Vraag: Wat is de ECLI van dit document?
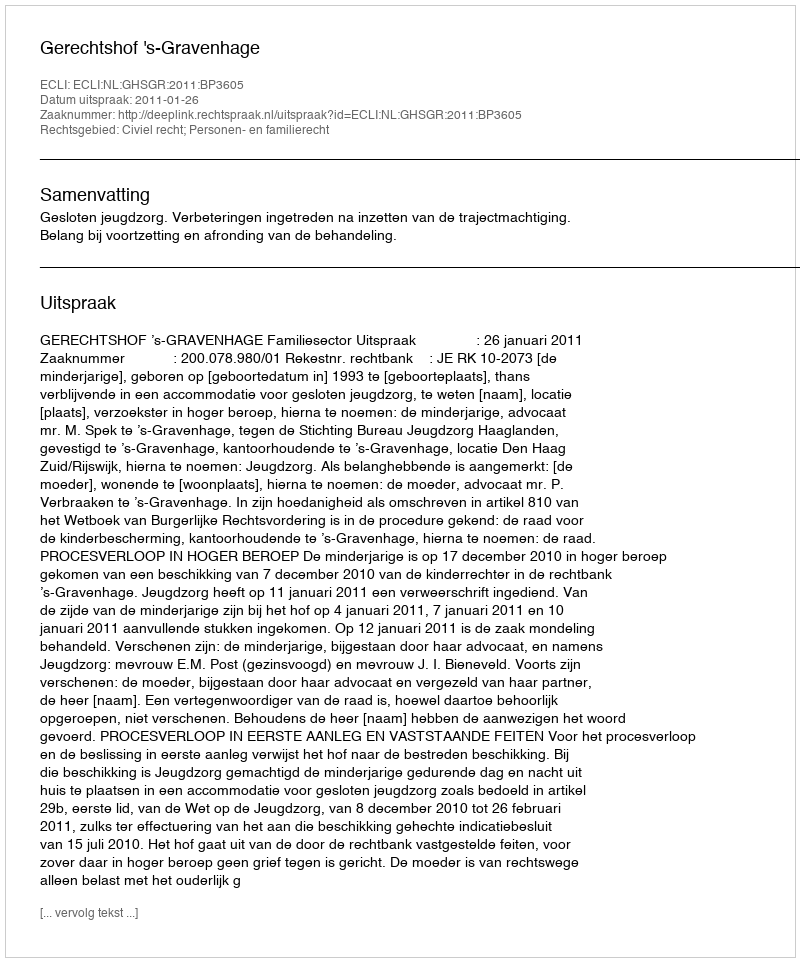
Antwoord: ECLI:NL:GHSGR:2011:BP3605